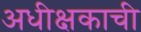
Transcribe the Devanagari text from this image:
अधीक्षकाची